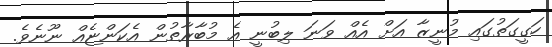
ހަގީގަތުގައި މުނީޒާ އަށް އެއް ވަނަ ލިބުނީ އެ މުބާރާތުން އެކަންޏެއް ނޫނެވެ.